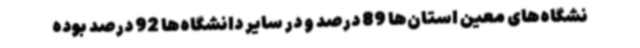
نشگاه‌های معین استان‌ها 89 درصد و در سایر دانشگاه‌ها 92 درصد بوده